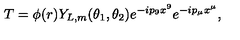
T = \phi ( r ) Y _ { L , m } ( \theta _ { 1 } , \theta _ { 2 } ) e ^ { - i p _ { 9 } x ^ { 9 } } e ^ { - i p _ { \mu } x ^ { \mu } } ,